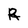
Character: R